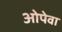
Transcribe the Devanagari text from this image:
ओपेवा